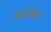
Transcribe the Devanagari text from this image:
कंटकित